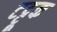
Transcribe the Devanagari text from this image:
टट्टूक